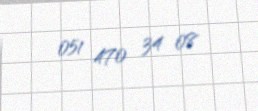
051 470 34 08